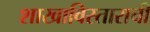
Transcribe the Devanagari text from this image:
शाखाविस्ताराची